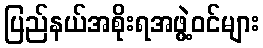
ပြည်နယ်အစိုးရအဖွဲ့ဝင်များ